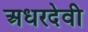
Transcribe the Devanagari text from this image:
अधरदेवी